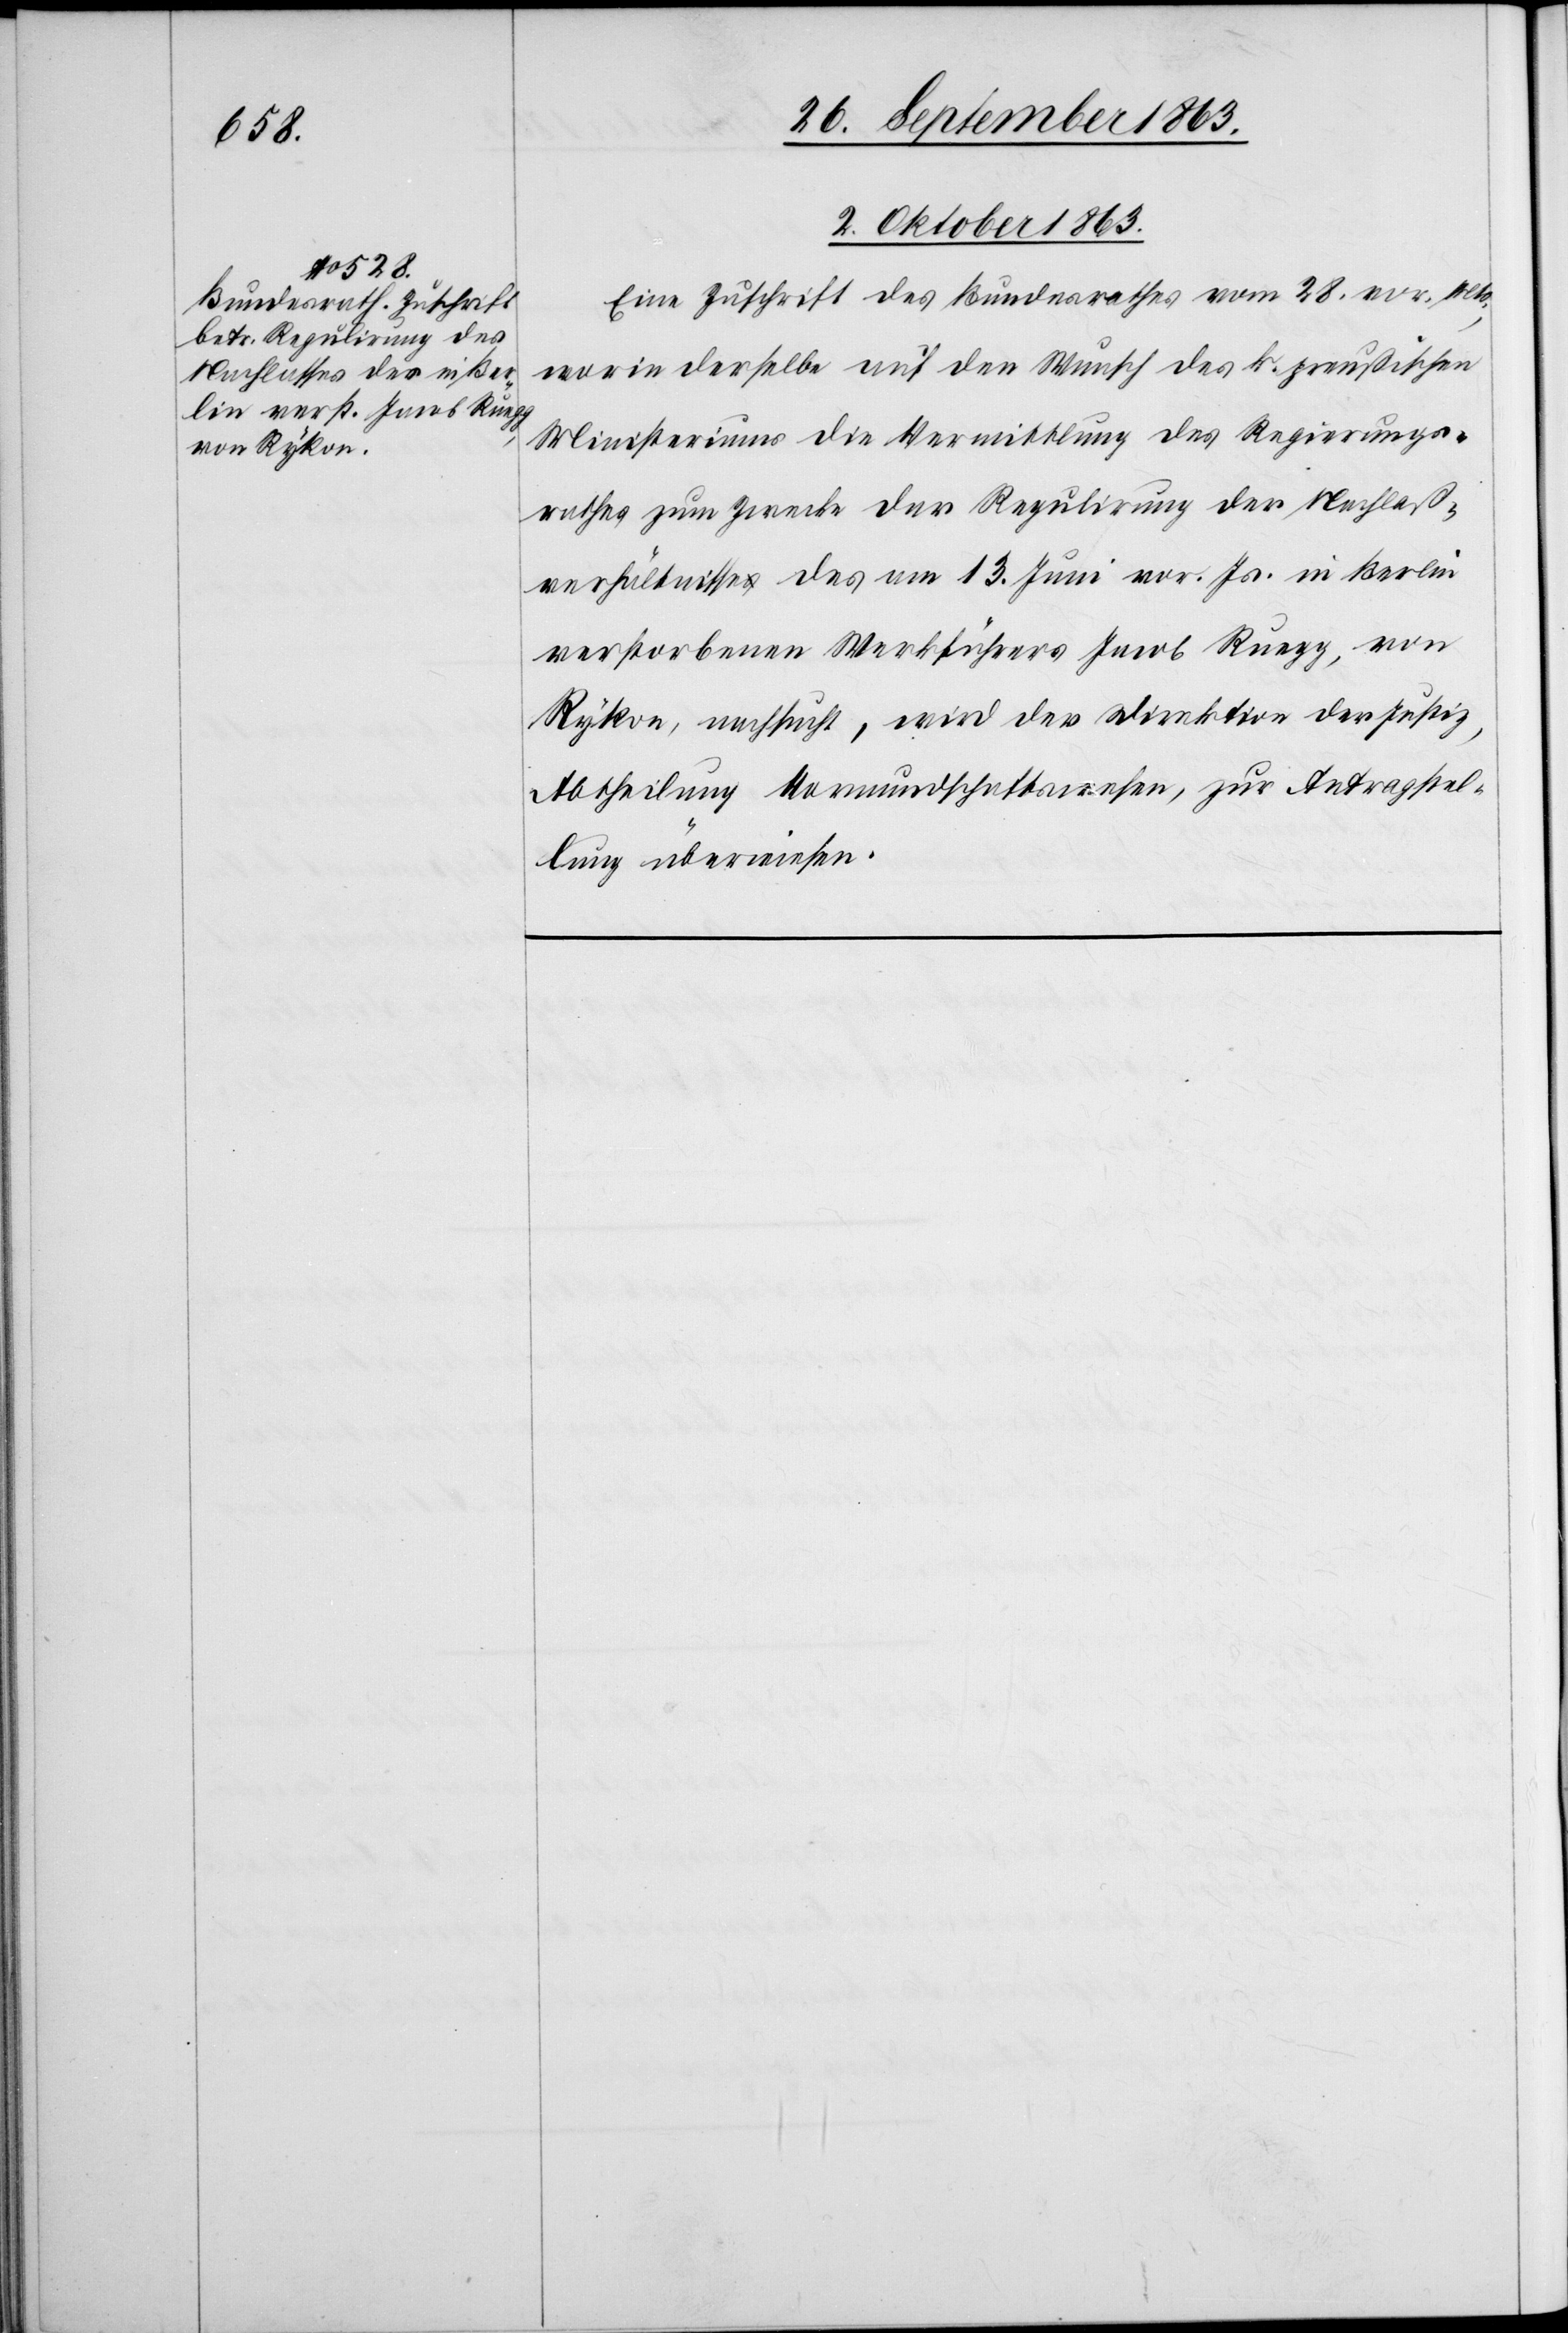
2. Oktober 1863.
Eine Zuschrift des Bundesrathes vom 28. vor. Mts.,
worin derselbe auf den Wunsch des k. preußischen
Ministeriums die Vermittlung des Regierungs¬
rathes zum Zwecke der Regulirung der Nachlaß¬
verhältnisse des am 13. Juni vor. Js. in Berlin
verstorbenen Werkführers Jacob Ruegg, von
Rykon, nachsucht, wird der Direktion der Justiz,
Abtheilung Vormundschaftswesen, zur Antragstel¬
lung überwiesen.